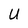
Character: U